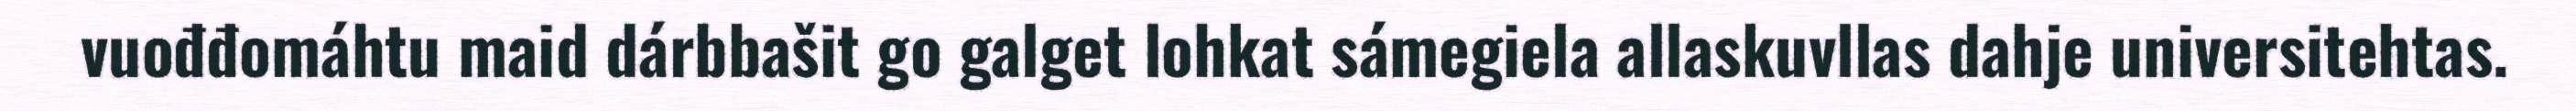
vuođđomáhtu maid dárbbašit go galget lohkat sámegiela allaskuvllas dahje universitehtas.